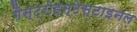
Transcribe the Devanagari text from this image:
गैस्ट्रोइन्टेस्टाइनल